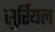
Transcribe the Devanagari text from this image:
सुर्रियल